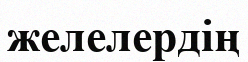
желелердің